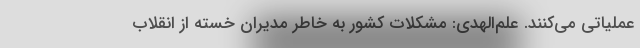
عملیاتی می‌کنند. علم‌الهدی: مشکلات کشور به خاطر مدیران خسته از انقلاب